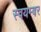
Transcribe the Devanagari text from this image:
स्वयम्बर